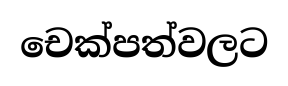
චෙක්පත්වලට